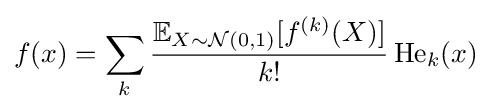
f(x)=\sum _{k}{\frac {\mathbb {E} _{X\sim {\mathcal {N}}(0,1)}[f^{(k)}(X)]}{k!}}\operatorname {He} _{k}(x)